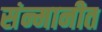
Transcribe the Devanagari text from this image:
संन्मानीत